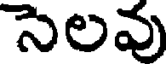
సెలవు